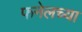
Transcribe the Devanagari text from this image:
फनेलच्या